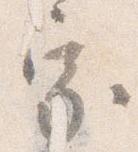
家